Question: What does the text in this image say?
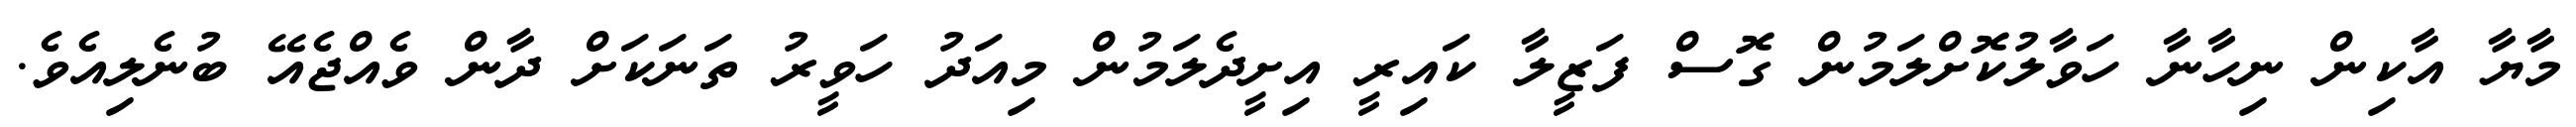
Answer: މާޔާ އާކިން ނިހާނާ ހަވާލުކޮށްލަމުން ގޮސް ފަޒީލާ ކައިރީ އިށީދެލަމުން މިއަދު ހަވީރު ތަނަކަށް ދާން ވެއްޖެއޭ ބުނެލިއެވެ.